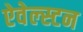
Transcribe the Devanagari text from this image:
ऐवेल्स्टन